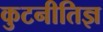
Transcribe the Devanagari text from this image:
कुटनीतिज्ञ